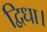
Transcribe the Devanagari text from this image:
द्विधा।